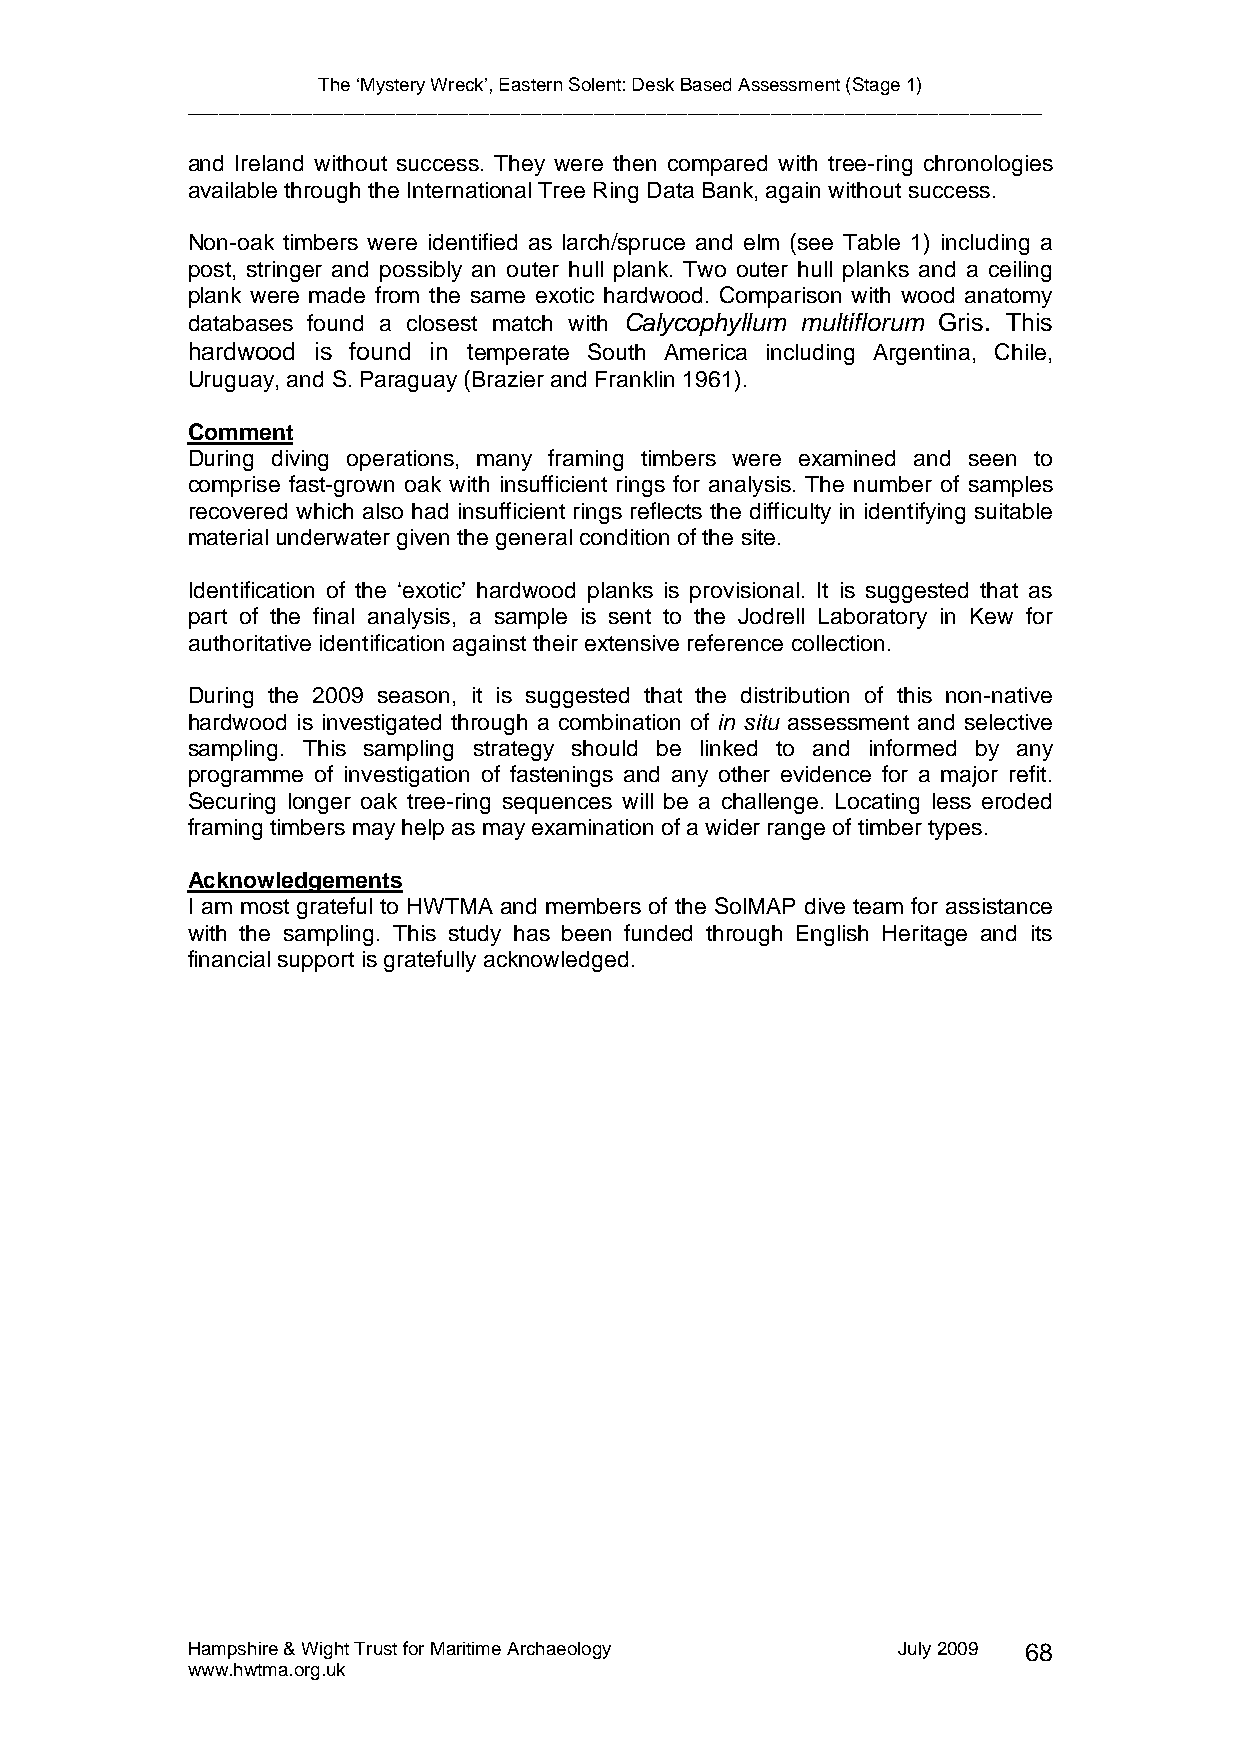
The ‘Mystery Wreck’, Eastern Solent: Desk Based Assessment (Stage 1)
 __________________________________________________________________________________
 and Ireland without success. They were then compared with tree-ring chronologies
 available through the International Tree Ring Data Bank, again without success.
 Non-oak timbers were identified as larch/spruce and elm (see Table 1) including a
 post, stringer and possibly an outer hull plank. Two outer hull planks and a ceiling
 plank were made from the same exotic hardwood. Comparison with wood anatomy
 databases found a closest match with Calycophyllum multiflorum Gris. This
 hardwood is found in temperate South America including Argentina, Chile,
 Uruguay, and S. Paraguay (Brazier and Franklin 1961).
 Comment
 During diving operations, many framing timbers were examined and seen to
 comprise fast-grown oak with insufficient rings for analysis. The number of samples
 recovered which also had insufficient rings reflects the difficulty in identifying suitable
 material underwater given the general condition of the site.
 Identification of the ‘exotic’ hardwood planks is provisional. It is suggested that as
 part of the final analysis, a sample is sent to the Jodrell Laboratory in Kew for
 authoritative identification against their extensive reference collection.
 During the 2009 season, it is suggested that the distribution of this non-native
 hardwood is investigated through a combination of in situ assessment and selective
 sampling. This sampling strategy should be linked to and informed by any
 programme of investigation of fastenings and any other evidence for a major refit.
 Securing longer oak tree-ring sequences will be a challenge. Locating less eroded
 framing timbers may help as may examination of a wider range of timber types.
 Acknowledgements
 I am most grateful to HWTMA and members of the SolMAP dive team for assistance
 with the sampling. This study has been funded through English Heritage and its
 financial support is gratefully acknowledged.
 Hampshire & Wight Trust for Maritime Archaeology July 2009 68
 www.hwtma.org.uk